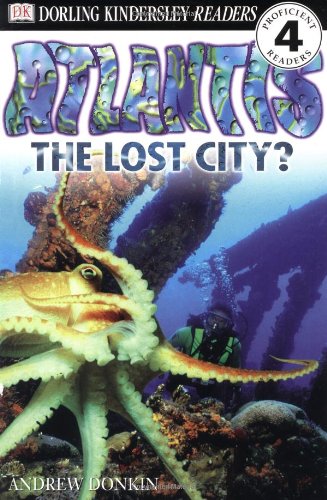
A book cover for DK Readers: Atlantis, The Lost City (Level 4: Proficient Readers); Andrew Donkin; Children's Books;